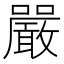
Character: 嚴